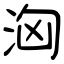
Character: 洶